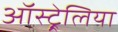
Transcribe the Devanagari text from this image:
ऑस्ट्र्रेलिया